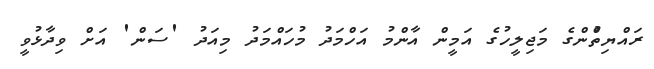
ރައްޔިތުްންގެ މަޖިލީހުގެ އަމީން އާންމު އަހްމަދު މުހައްމަދު މިއަދު 'ސަން' އަށް ވިދާޅުވީ